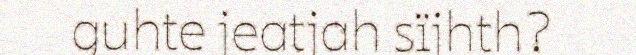
guhte jeatjah sïjhth?